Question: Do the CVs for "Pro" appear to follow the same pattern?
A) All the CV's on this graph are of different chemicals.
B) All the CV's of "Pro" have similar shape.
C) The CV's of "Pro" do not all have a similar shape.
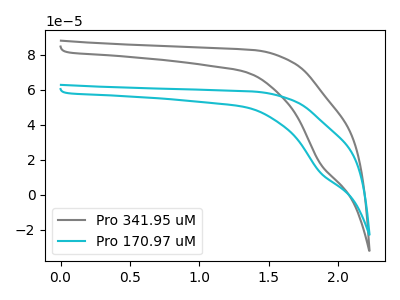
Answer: <think>The gray curve "Pro 341.95 uM" has a cathodic peak at: (1.85V, 17.70uA). The cyan curve "Pro 170.97 uM" has a cathodic peak at: (1.85V, 12.60uA).
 All the peaks in "Pro 341.95 uM" have a peak in "Pro 170.97 uM" at the same potential. Every peak in "Pro 341.95 uM" is lower than every peak in "Pro 170.97 uM".</think>
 <answer>B) All the CV's of "Pro" have similar shape.</answer>
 <eval>B</eval>